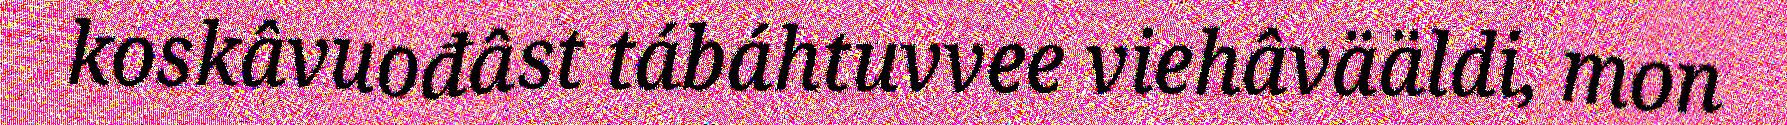
koskâvuođâst tábáhtuvvee viehâvääldi, mon